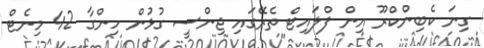
ގިނަ ކެބިންކްރޫ އިން ފްލައިޓް ތެރޭގައި ޖިންސީ ގުޅުން ހިންގާ 42 މިނެޓް